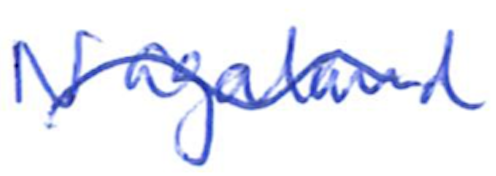
Text: Nagaland
Cross-out: wave
Writing tool: ballpoint